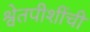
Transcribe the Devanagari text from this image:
श्वेतपीशींची